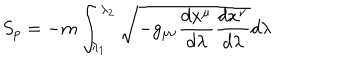
LaTeX: S _ { p } = - m \int _ { \lambda _ { 1 } } ^ { \lambda _ { 2 } } \sqrt { - g _ { \mu \nu } \frac { d x ^ { \mu } } { d \lambda } \frac { d x ^ { \nu } } { d \lambda } } d \lambda